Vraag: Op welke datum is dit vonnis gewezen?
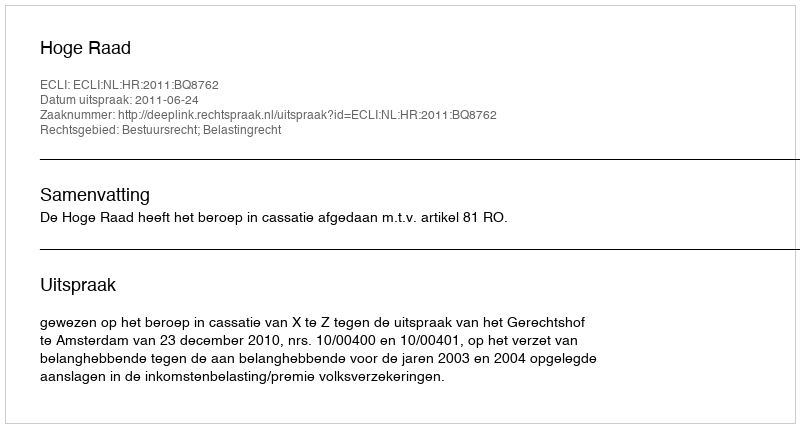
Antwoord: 2011-06-24